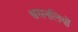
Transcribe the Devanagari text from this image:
श्वसनलियों